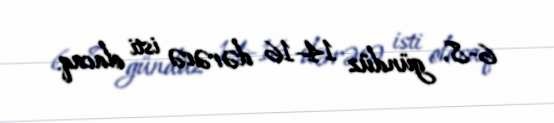
6-8, gündüz 14-16 dərəcə isti olacaq.